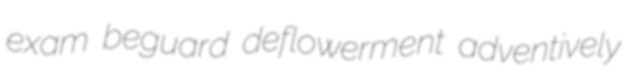
exam beguard deflowerment adventively